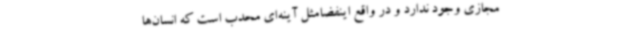
مجازی وجود ندارد و در واقع اینفضامثل آینه‌ای محدب است که انسان‌ها